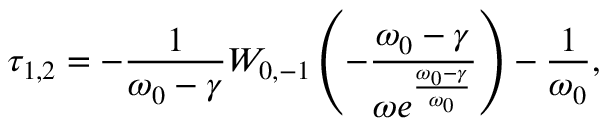
\tau _ { 1 , 2 } = - \frac { 1 } { \omega _ { 0 } - \gamma } W _ { 0 , - 1 } \left( - \frac { \omega _ { 0 } - \gamma } { \omega e ^ { \frac { \omega _ { 0 } - \gamma } { \omega _ { 0 } } } } \right) - \frac { 1 } { \omega _ { 0 } } ,